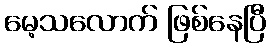
မေ့သလောက် ဖြစ်နေပြီ